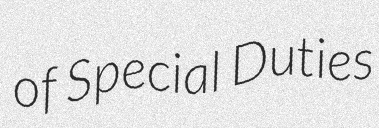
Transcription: of Special Duties